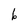
Character: b